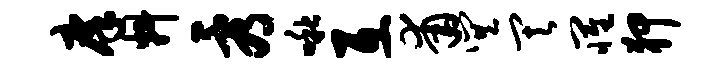
庠料看啾互甫巽其罹狎